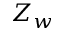
Z _ { w }